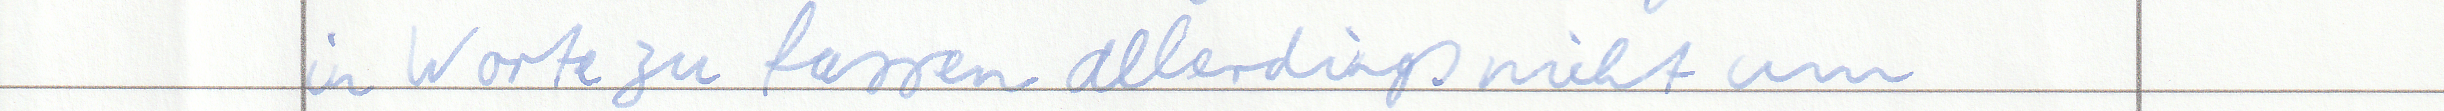
in Worte zu fassen allerdings nicht um